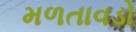
મળતાવડો